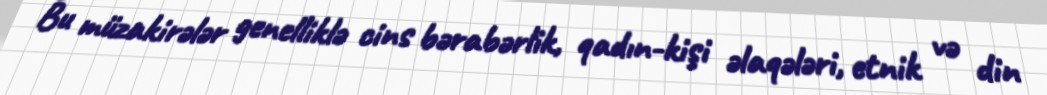
Bu müzakirələr genelliklə cins bərabərlik, qadın-kişi əlaqələri, etnik və din